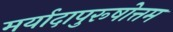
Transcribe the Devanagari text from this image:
मर्यादापुरूषोत्तम